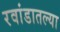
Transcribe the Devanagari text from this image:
रवांडातल्‍या